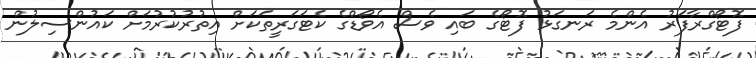
ފޮޓޯގްރާފަރު އެންމެ ރަނގަޅު ފޮޓޯގެ ބައި ވެސް އެވޯޑްގެ ކެޓަގަރީތަކަށް އިތުރުކުރުމަށް ކައުންސިލުން